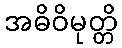
အဓိဝိမုတ္တိ